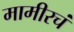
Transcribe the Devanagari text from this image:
मामीरचं